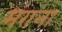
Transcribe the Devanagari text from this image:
मंगना